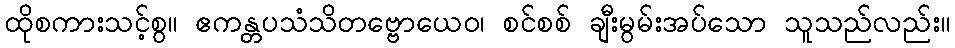
ထိုစကားသင့်စွ။ ဧကန္တပသံသိတဗ္ဗောယေဝ၊ စင်စစ် ချီးမွမ်းအပ်သော သူသည်လည်း။